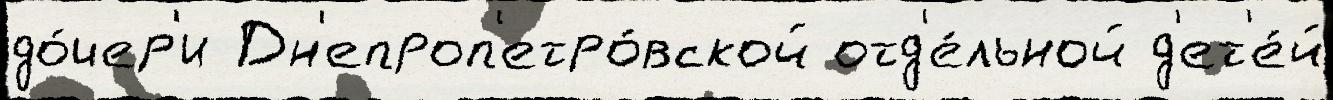
до́чер'и Дн'епроп'етро́вской отд'е́льной д'ет'е́й